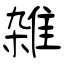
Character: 雑